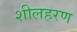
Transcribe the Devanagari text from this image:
शीलहरण